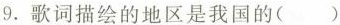
9.歌词描绘的地区是我国的()